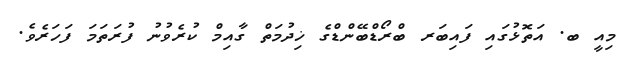
މިއީ ބ. އަތޮޅުގައި ފައިބަރ ބްރޯޑްބޭންޑްގެ ޚިދުމަތް ގާއިމް ކުރެވުނު ފުރަތަމަ ފަހަރެވެ.